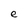
Character: e